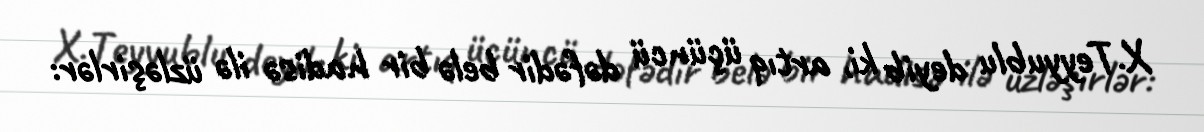
X.Teyyublu deyib ki, artıq üçüncü dəfədir belə bir hadisə ilə üzləşirlər: